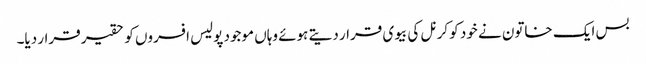
بس ایک خاتون نے خود کو کرنل کی بیوی قرار دیتے ہوئے وہاں موجود پولیس افسروں کو حقیر قرار دیا۔